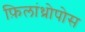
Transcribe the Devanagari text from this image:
फ़िलांथ्रोपोस